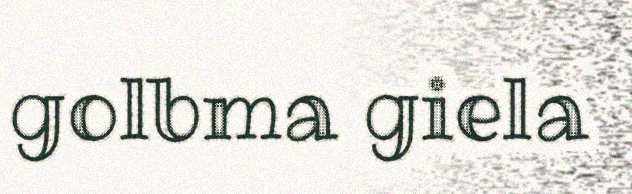
golbma giela